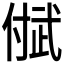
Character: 𬿐